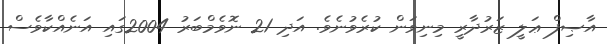
އާޞިފް ޢަލީ ޒަރުދާރީ މިނިވަން ކުރެވުނެވެ. އަދި 21 ނޮވެމްބަރު 2004ގައި އަނެއްކާވެސް